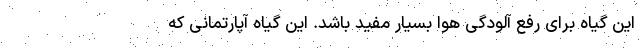
این گیاه برای رفع آلودگی هوا بسیار مفید باشد. این گیاه آپارتمانی که